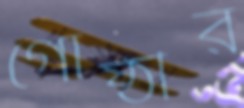
গোষ্ঠীর